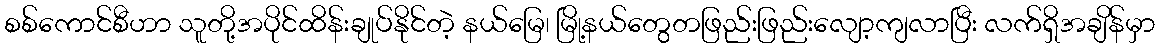
စစ်ကောင်စီဟာ သူတို့အပိုင်ထိန်းချုပ်နိုင်တဲ့ နယ်မြေ၊ မြို့နယ်တွေတဖြည်းဖြည်းလျော့ကျလာပြီး လက်ရှိအချိန်မှာ